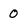
Character: 0